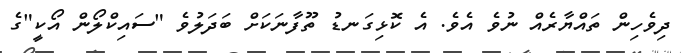
ދިވެހިން ތައްޔާރެއް ނުވެ އެވެ. އެ ކޮޅިގަނޑު ތޫފާނަކަށް ބަދަލުވެ "ސައިކްލޯން އޯކީ"ގެ